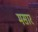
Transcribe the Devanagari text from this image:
मसार